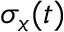
\sigma _ { x } ( t )